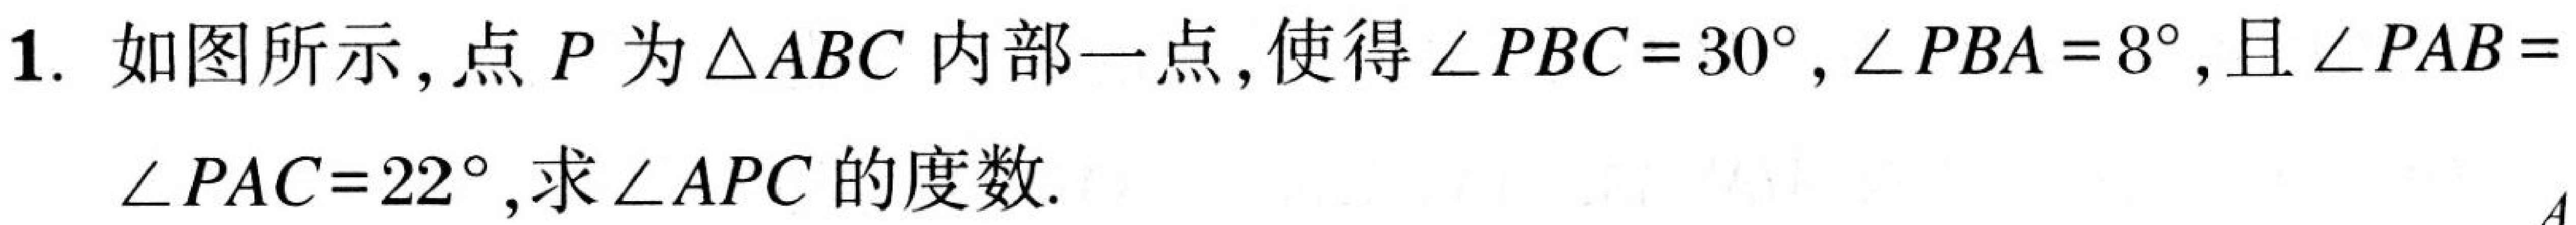
1. 如图所示,点\(P\)为\(\triangle ABC\)内部一点,使得\(\angle PBC = 30^{\circ},\angle PBA = 8^{\circ},\)且\(\angle PAB =\)
\(\angle PAC = 22^{\circ}\),求\(\angle APC\)的度数.